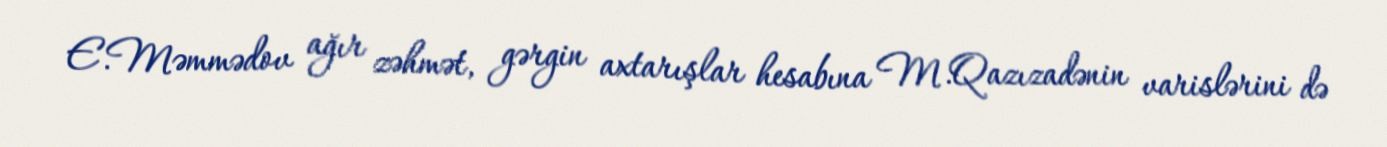
E.Məmmədov ağır zəhmət, gərgin axtarışlar hesabına M.Qazızadənin varislərini də